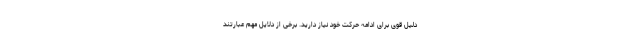
دلیل قوی برای ادامه حرکت خود نیاز دارید. برخی از دلایل مهم عبارتند